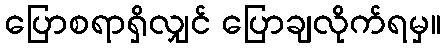
ပြောစရာရှိလျှင် ပြောချလိုက်ရမှ။